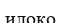
илоко